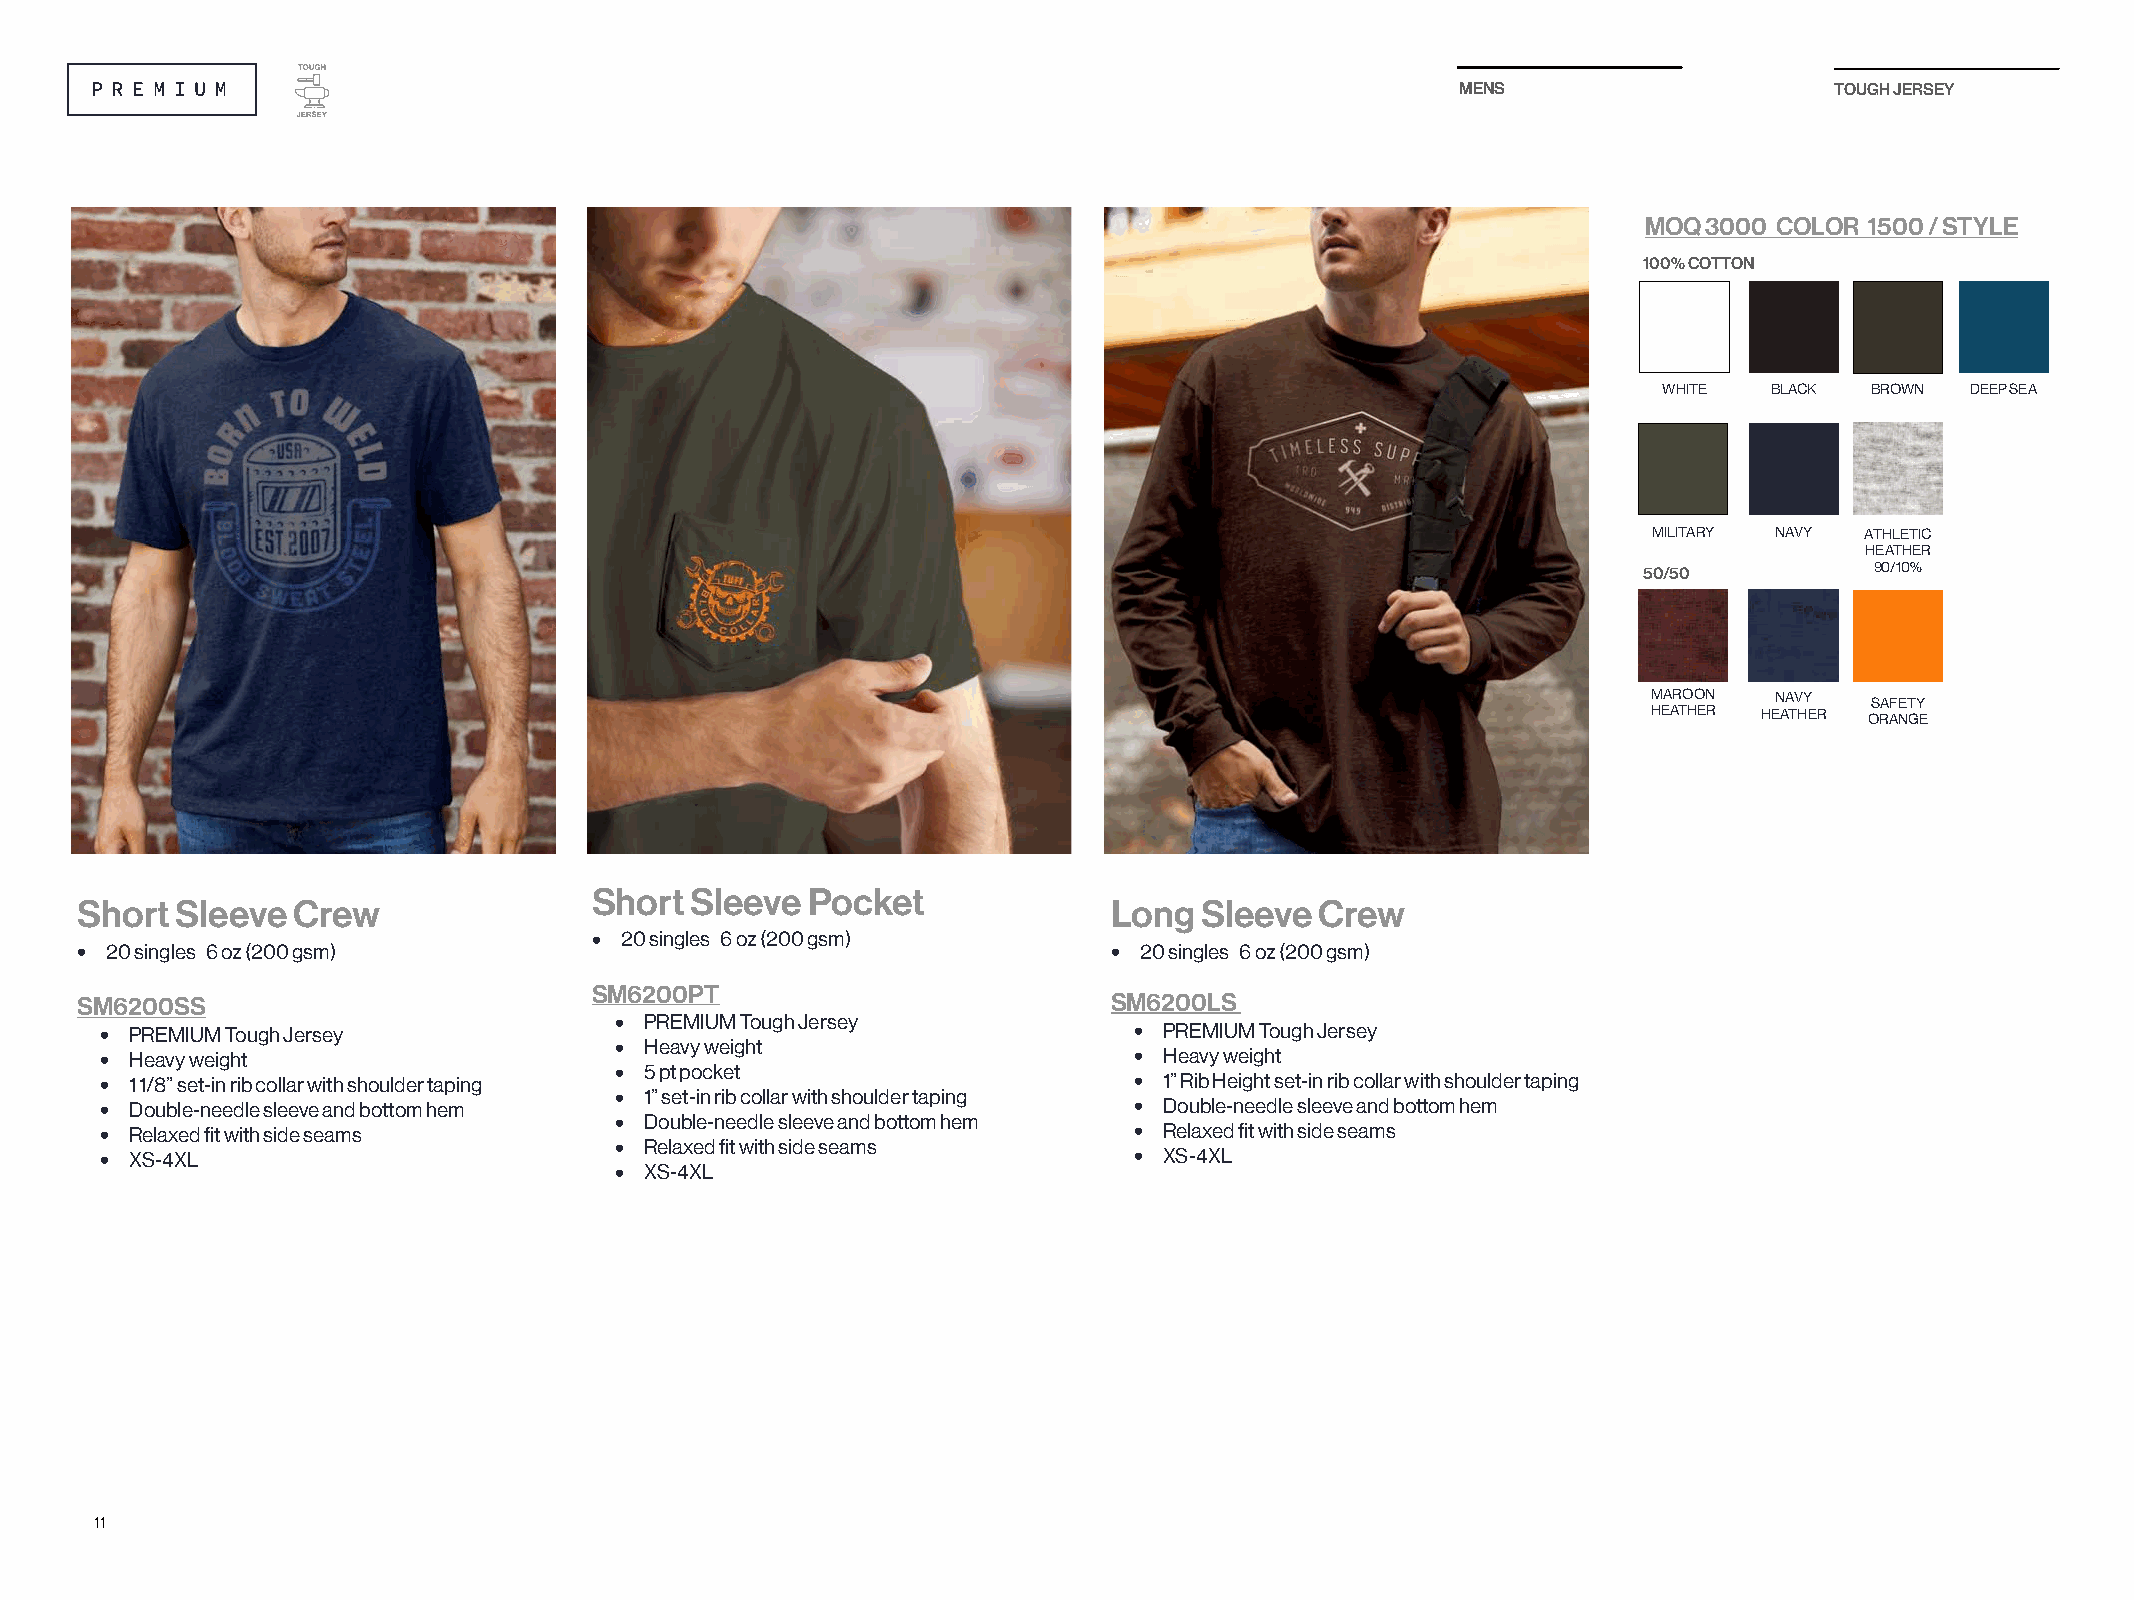
MENS                    TOUGH JERSEY
 MOQ 3000 COLOR 1500 / STYLE
 100% COTTON
 WHITE  BLACK  BROWN DEEP SEA
 MILITARY NAVY ATHLETIC
 HEATHER
 50/50          90/10%
 MAROON  NAVY   SAFETY
 HEATHER HEATHER ORANGE
 Short  Sleeve Pocket
 Short  Sleeve Crew                                                   Long Sleeve  Crew
 • 20 singles 6 oz (200 gsm)
 • 20 singles 6 oz (200 gsm)                                          • 20 singles 6 oz (200 gsm)
 SM6200PT
 SM6200SS                                                             SM6200LS
 • PREMIUM Tough Jersey            • PREMIUM Tough Jersey            • PREMIUM Tough Jersey
 • Heavy weight                    • Heavy weight                    • Heavy weight
 • 1 1/8” set-in rib collar with shoulder taping • 5 pt pocket       • 1” Rib Height set-in rib collar with shoulder taping
 • Double-needle sleeve and bottom hem • 1” set-in rib collar with shoulder taping • Double-needle sleeve and bottom hem
 • Relaxed fit with side seams     • Double-needle sleeve and bottom hem • Relaxed fit with side seams
 • XS-4XL                          • Relaxed fit with side seams     • XS-4XL
 • XS-4XL
 11